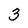
Character: 3